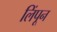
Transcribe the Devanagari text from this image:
लिंपून